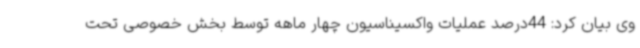
وی بیان کرد: 44درصد عملیات واکسیناسیون چهار ماهه توسط بخش خصوصی تحت